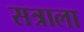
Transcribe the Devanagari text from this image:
सत्राला